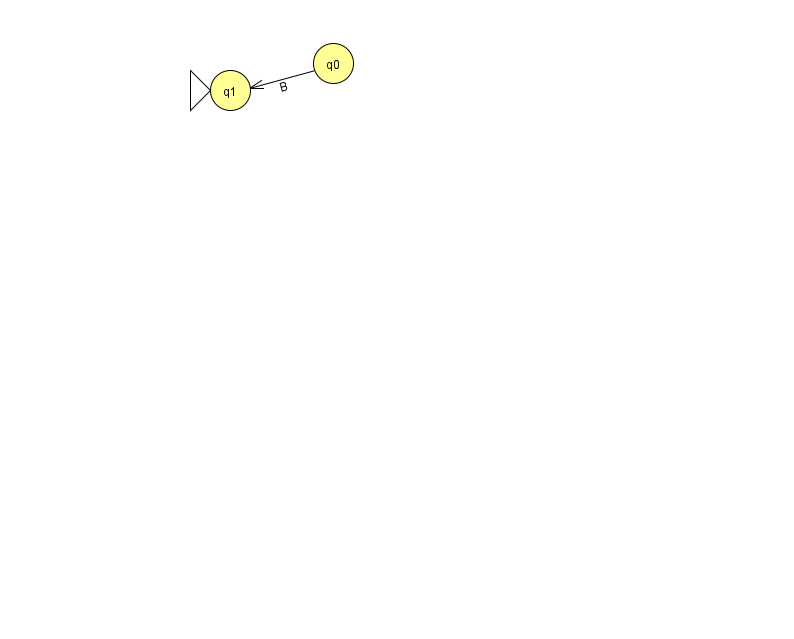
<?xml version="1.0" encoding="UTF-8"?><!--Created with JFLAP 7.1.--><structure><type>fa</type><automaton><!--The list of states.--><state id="0" name="q0"><x>333.0</x><y>50.0</y></state><state id="1" name="q1"><x>230.0</x><y>77.0</y><initial/></state><!--The list of transitions.--><transition><from>0</from><to>1</to><read>B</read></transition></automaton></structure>